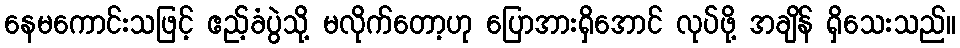
နေမကောင်းသဖြင့် ဧည့်ခံပွဲသို့ မလိုက်တော့ဟု ပြောအားရှိအောင် လုပ်ဖို့ အချိန် ရှိသေးသည်။